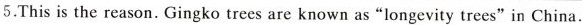
5.This is the reason. Gingko trees are known as"longevity trees" in China.